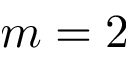
m = 2